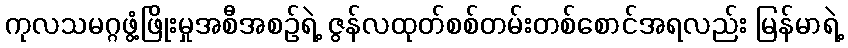
ကုလသမဂ္ဂဖွံ့ဖြိုးမှုအစီအစဉ်ရဲ့ ဇွန်လထုတ်စစ်တမ်းတစ်စောင်အရလည်း မြန်မာရဲ့